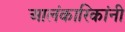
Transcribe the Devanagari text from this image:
आलंकारिकांनी